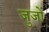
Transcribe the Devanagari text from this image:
जुजों